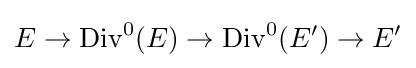
E\to \operatorname {Div} ^{0}(E)\to \operatorname {Div} ^{0}(E')\to E'